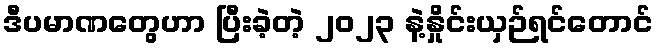
ဒီပမာဏတွေဟာ ပြီးခဲ့တဲ့ ၂၀၂၃ နဲ့နှိုင်းယှဉ်ရင်တောင်